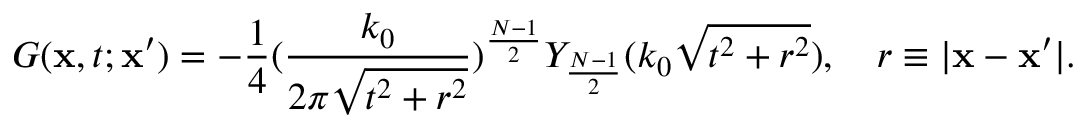
G ( \mathbf { x } , t ; \mathbf { x } ^ { \prime } ) = - \frac { 1 } { 4 } ( \frac { k _ { 0 } } { 2 \pi \sqrt { t ^ { 2 } + r ^ { 2 } } } ) ^ { \frac { N - 1 } { 2 } } Y _ { \frac { N - 1 } { 2 } } ( k _ { 0 } \sqrt { t ^ { 2 } + r ^ { 2 } } ) , \quad r \equiv | \mathbf { x } - \mathbf { x } ^ { \prime } | .